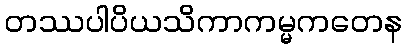
တဿပါပိယသိကာကမ္မကတေန